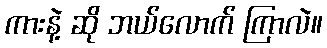
ကားနဲ့ ဆို ဘယ်လောက် ကြာလဲ။